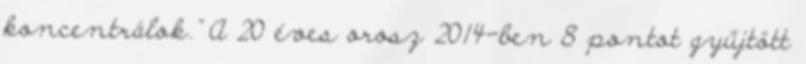
koncentrálok.” A 20 éves orosz 2014-ben 8 pontot gyűjtött